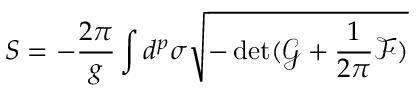
S = - \frac { 2 \pi } { g } \int d ^ { p } \sigma \sqrt { - \operatorname * { d e t } ( \mathcal { G } + \frac { 1 } { 2 \pi } \mathcal { F } ) }